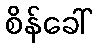
စိန်ခေါ်